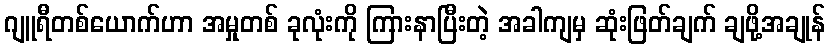
ဂျူရီတစ်ယောက်ဟာ အမှုတစ် ခုလုံးကို ကြားနာပြီးတဲ့ အခါကျမှ ဆုံးဖြတ်ချက် ချဖို့အချုန်